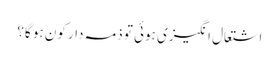
اشتعال انگیزی ہوئی تو ذمہ دار کون ہو گا؟